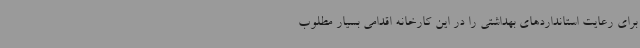
برای رعایت استانداردهای بهداشتی را در این کارخانه اقدامی بسیار مطلوب